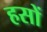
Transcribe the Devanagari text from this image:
हसों